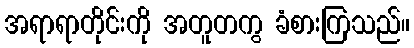
အရာရာတိုင်းကို အတူတကွ ခံစားကြသည်။